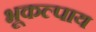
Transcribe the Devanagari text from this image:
भूकल्पाय